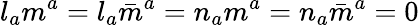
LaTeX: l_{a}m^{a}=l_{a}{\bar{m}}^{a}=n_{a}m^{a}=n_{a}{\bar{m}}^{a}=0